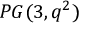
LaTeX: P G ( 3 , q ^ { 2 } )